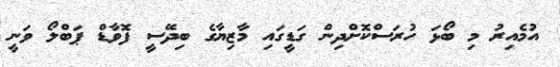
އުމެއިރު މި ބޯޅަ ހުރަސްކޮށްދިން ގަޑީގައި މާޒިޔާގެ ބިދޭސީ ފޮވާޑް ޕަބްލޯ ވަނީ